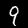
Label: 9